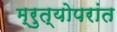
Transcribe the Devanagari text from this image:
म्रुत्योपरांत